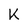
Character: K